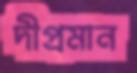
দীপ্রমান